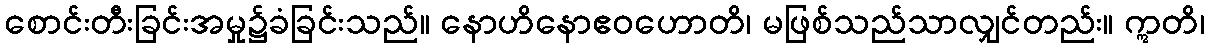
စောင်းတီးခြင်းအမှု၌ခံခြင်းသည်။ နောဟိနောဧဝဟောတိ၊ မဖြစ်သည်သာလျှင်တည်း။ ဣတိ၊